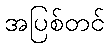
အပြစ်တင်